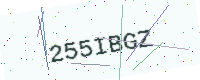
Text: 255IBGZ